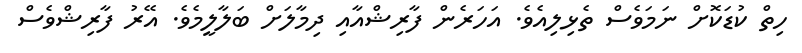
ހިތް ކުޑަކޮށް ނަމަވެސް ތެޅިލިއެވެ. އަހަރެން ފާރިޝްއާއި ދިމާލަށް ބަލާލީމެވެ. އޭރު ފާރިޝްވެސް